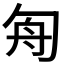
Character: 𠣘